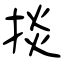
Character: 掞